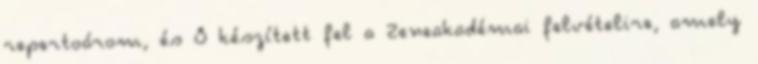
repertoárom, és Ő készített fel a Zeneakadémai felvételire, amely